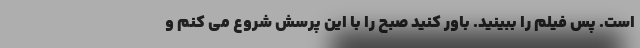
است. پس فیلم را ببینید. باور کنید صبح را با این پرسش شروع می کنم و